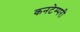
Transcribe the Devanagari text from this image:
कनटेम्परी